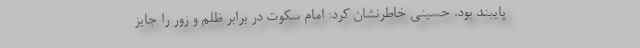
پایبند بود. حسینی خاطرنشان کرد: امام سکوت در برابر ظلم و زور را جایز